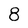
Character: 8